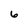
Character: 6